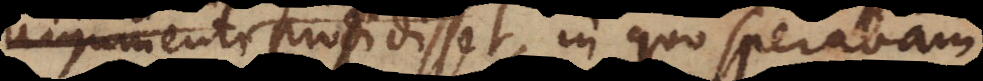
et prodisset, in quo sperabam